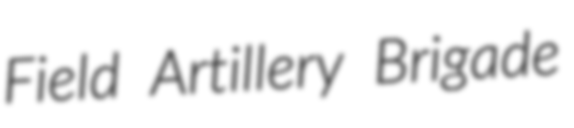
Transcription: Field Artillery Brigade